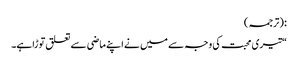
: (ترجمہ)
“تیری محبت کی وجہ سے میں نے اپنے ماضی سے تعلق توڑاہے۔